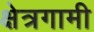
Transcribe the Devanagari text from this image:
क्षेत्रगामी